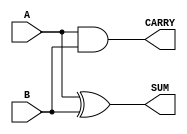
module half_adder #(
    parameter WIDTH = 1  // Parameter to define the bit-width of inputs and outputs
)(
    input [WIDTH-1:0] A,  // Input A of size WIDTH
    input [WIDTH-1:0] B,  // Input B of size WIDTH
    output [WIDTH-1:0] SUM, // Output SUM of the same size as inputs
    output CARRY          // Output CARRY (1-bit wide)
);

// Logic for SUM and CARRY
assign SUM = A ^ B;      // SUM is the XOR of A and B
assign CARRY = A & B;    // CARRY is the AND of A and B

endmodule